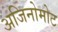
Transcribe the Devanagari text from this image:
अजिनोमोट